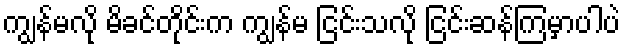
ကျွန်မလို မိခင်တိုင်းက ကျွန်မ ငြင်းသလို ငြင်းဆန်ကြမှာပါပဲ